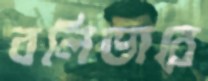
বলিভারে